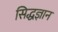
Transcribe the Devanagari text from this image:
सिद्धज्ञान